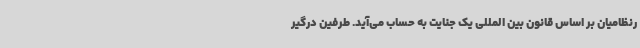
رنظامیان بر اساس قانون بین المللی یک جنایت به حساب می‌آید. طرفین درگیر